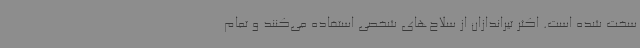
سخت شده است. اکثر تیراندازان از سلاح‌های شخصی استفاده می‌کنند و تمام